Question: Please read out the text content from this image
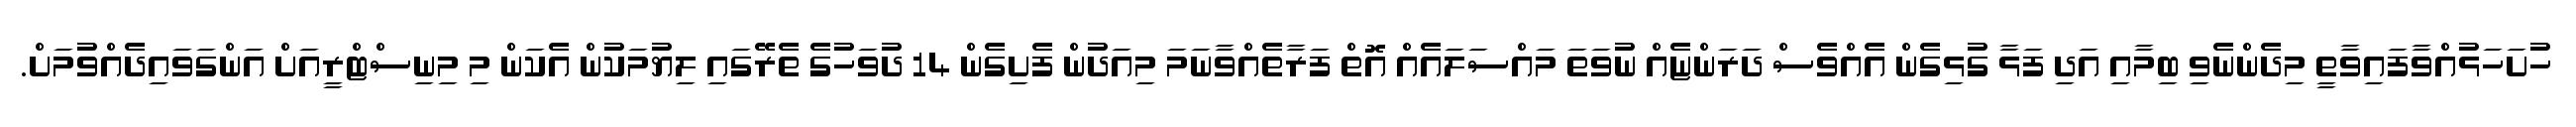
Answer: ހުށަހަޅުއްވާފައިވާތީ މިދެންނެވި ބިމާއި އަދި ފަޅާ ގުޅިގެން އެއްވެސް ދަރަންޏެއް ނުވަތަ މައްސަލައެއް އޮތް ފަރާތެއްވާނަމަ މިއަދުން ފެށިގެން 14 ދުވަހުގެ ތެރޭގައި ލިޔުމަކުން އެކަން މި މިނިސްޓްރީއަށް އަންގަވައިދެއްވުމަށް.